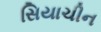
સિયાચીન